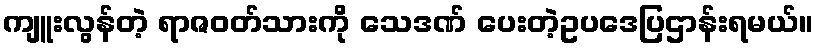
ကျူးလွန်တဲ့ ရာဇဝတ်သားကို သေဒဏ် ပေးတဲ့ဥပဒေပြဌာန်းရမယ်။